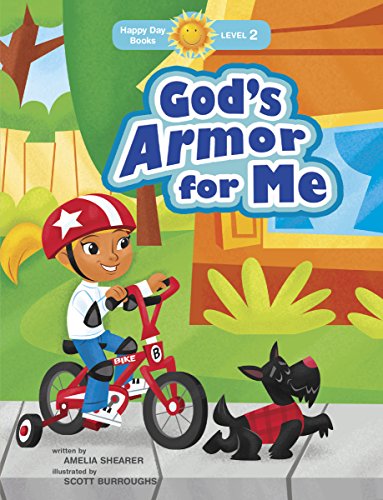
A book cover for God's Armor for Me (Happy Day); Amelia Shearer; Christian Books & Bibles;